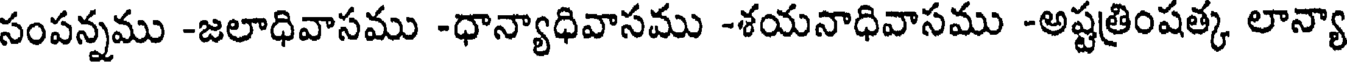
సంపన్నము -జలాధివాసము -ధాన్యాధివాసము -శయనాధివాసము -అష్టత్రింషత్క లాన్యా